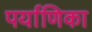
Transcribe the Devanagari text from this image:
पर्याणिका